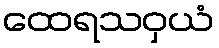
ထေရသဝှယံ